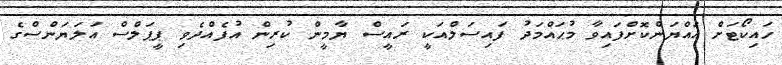
ހައިކޯޓަށް އައްޔަންކޮށްފައިވާ މުޙައްމަދު ފައިސަލްއަކީ ރައީސް ޔާމީން ކުރިން އުފެއްދެވި ޕީޕަލްސް އަލަޔަންސްގެ